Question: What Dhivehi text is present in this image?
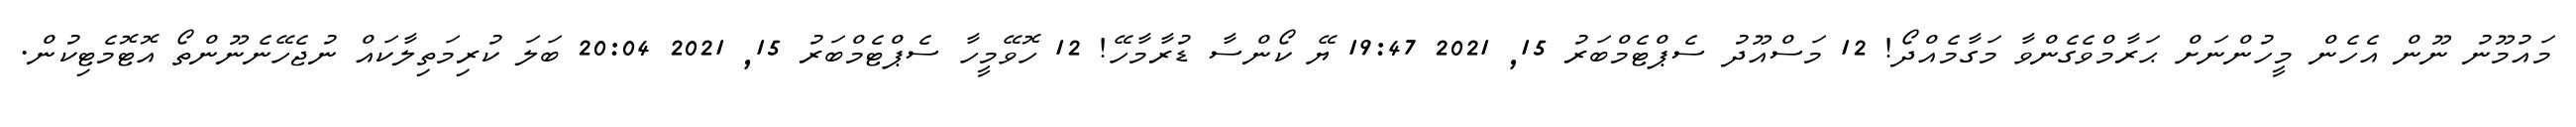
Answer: މައުމޫނު ނޫން އެހެން މީހުންނަށް ޙަރާމްވެގެންވާ މަގާމެއްދޯ! 12 މަސްއޫދު ސެޕްޓެމްބަރު 15, 2021 19:47 ޔޭ ކޯންސާ ޑުރާމާހޭ! 12 ހޮވޭމީހާ ސެޕްޓެމްބަރު 15, 2021 20:04 ބަލަ ކުރިމަތިލާކައް ނުޖެހޭނެނޫންތޯ އޮޓޮމެޓިކުން.